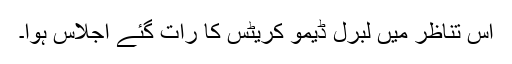
اس تناظر میں لبرل ڈیمو کریٹس کا رات گئے اجلاس ہوا۔